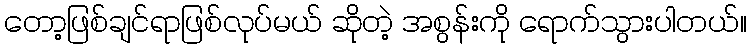
တော့ဖြစ်ချင်ရာဖြစ်လုပ်မယ် ဆိုတဲ့ အစွန်းကို ရောက်သွားပါတယ်။